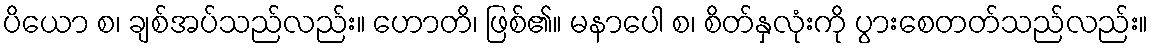
ပိယော စ၊ ချစ်အပ်သည်လည်း။ ဟောတိ၊ ဖြစ်၏။ မနာပေါ စ၊ စိတ်နှလုံးကို ပွားစေတတ်သည်လည်း။